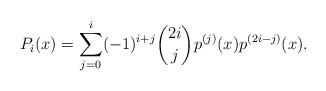
\begin{align*} P_{i}(x)=\sum_{j=0}^i(-1)^{i+j}\binom {2i}{j} p^{(j)}(x)p^{(2i-j)}(x). \end{align*}